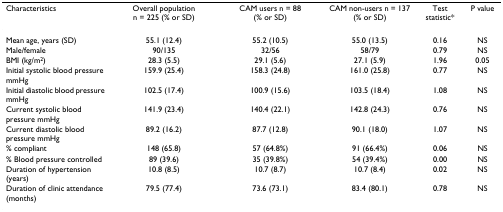
<table><thead><tr><td><b>Characteristics</b></td><td><b>Overall population n = 225 (% or SD)</b></td><td><b>CAM users n = 88 (% or SD)</b></td><td><b>CAM non-users n = 137 (% or SD)</b></td><td><b>Test statistic*</b></td><td><b>P value</b></td></tr></thead><tbody><tr><td>Mean age, years (SD)</td><td>55.1 (12.4)</td><td>55.2 (10.5)</td><td>55.0 (13.5)</td><td>0.16</td><td>NS</td></tr><tr><td>Male/female</td><td>90/135</td><td>32/56</td><td>58/79</td><td>0.79</td><td>NS</td></tr><tr><td>BMI (kg/m<sup>2</sup>)</td><td>28.3 (5.5)</td><td>29.1 (5.6)</td><td>27.1 (5.9)</td><td>1.96</td><td>0.05</td></tr><tr><td>Initial systolic blood pressure mmHg</td><td>159.9 (25.4)</td><td>158.3 (24.8)</td><td>161.0 (25.8)</td><td>0.77</td><td>NS</td></tr><tr><td>Initial diastolic blood pressure mmHg</td><td>102.5 (17.4)</td><td>100.9 (15.6)</td><td>103.5 (18.4)</td><td>1.08</td><td>NS</td></tr><tr><td>Current systolic blood pressure mmHg</td><td>141.9 (23.4)</td><td>140.4 (22.1)</td><td>142.8 (24.3)</td><td>0.76</td><td>NS</td></tr><tr><td>Current diastolic blood pressure mmHg</td><td>89.2 (16.2)</td><td>87.7 (12.8)</td><td>90.1 (18.0)</td><td>1.07</td><td>NS</td></tr><tr><td>% compliant</td><td>148 (65.8)</td><td>57 (64.8%)</td><td>91 (66.4%)</td><td>0.06</td><td>NS</td></tr><tr><td>% Blood pressure controlled</td><td>89 (39.6)</td><td>35 (39.8%)</td><td>54 (39.4%)</td><td>0.00</td><td>NS</td></tr><tr><td>Duration of hypertension (years)</td><td>10.8 (8.5)</td><td>10.7 (8.7)</td><td>10.7 (8.4)</td><td>0.02</td><td>NS</td></tr><tr><td>Duration of clinic attendance (months)</td><td>79.5 (77.4)</td><td>73.6 (73.1)</td><td>83.4 (80.1)</td><td>0.78</td><td>NS</td></tr></tbody></table>